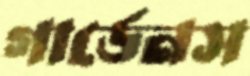
গার্ডেনস